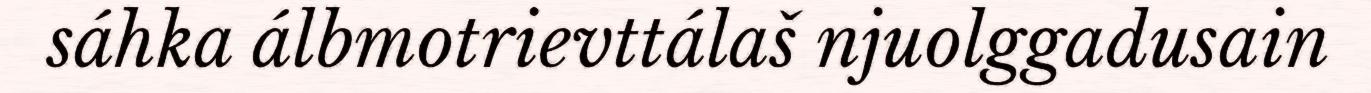
sáhka álbmotrievttálaš njuolggadusain